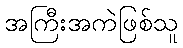
အကြီးအကဲဖြစ်သူ